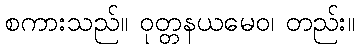
စကားသည်။ ဝုတ္တနယမေဝ၊ တည်း။